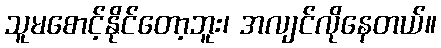
သူမစောင့်နိုင်တော့ဘူး၊ အလျင်လိုနေတယ်။